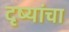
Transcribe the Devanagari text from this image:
दृष्यांचा